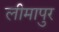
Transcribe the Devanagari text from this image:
लीमापुर